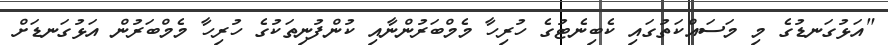
"އަޅުގަނޑުގެ މި މަސައްކަތުގައި ކެބިނެޓުގެ ހުރިހާ މެމްބަރުންނާއި ކުންފުނިތަކުގެ ހުރިހާ މެމްބަރުން އަޅުގަނޑަށް